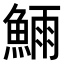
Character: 𬵗